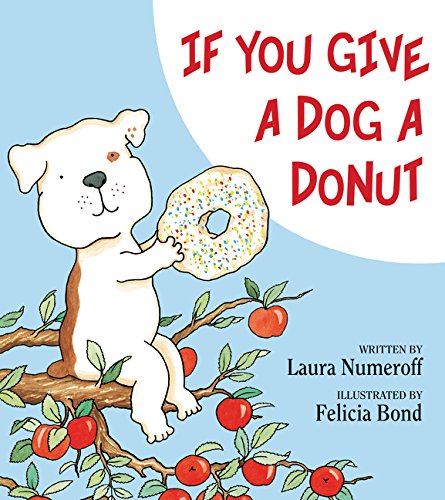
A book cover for If You Give a Dog a Donut; Laura Numeroff; Children's Books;